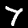
Digit: 7